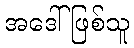
အဒေါ်ဖြစ်သူ